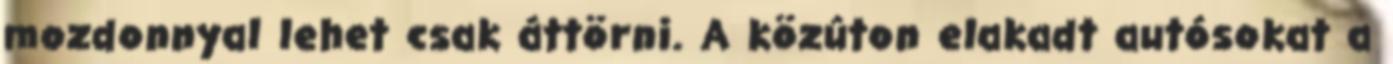
mozdonnyal lehet csak áttörni. A közúton elakadt autósokat a